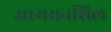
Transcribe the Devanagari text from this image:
अध्ययनशिल